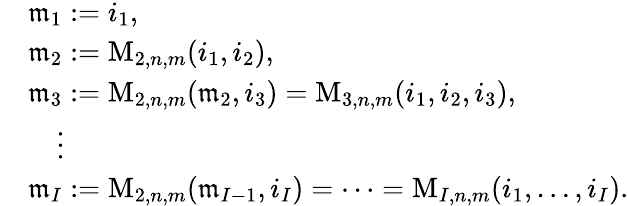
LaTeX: \begin{array}{rl}&{\mathfrak{m}_{1}:=i_{1},}\\ &{\mathfrak{m}_{2}:=\mathrm{M}_{2,n,m}(i_{1},i_{2}),}\\ &{\mathfrak{m}_{3}:=\mathrm{M}_{2,n,m}(\mathfrak{m}_{2},i_{3})=\mathrm{M}_{3,n,m}(i_{1},i_{2},i_{3}),}\\ &{\quad\vdots}\\ &{\mathfrak{m}_{I}:=\mathrm{M}_{2,n,m}(\mathfrak{m}_{I-1},i_{I})=\cdots=\mathrm{M}_{I,n,m}(i_{1},\ldots,i_{I}).}\end{array}